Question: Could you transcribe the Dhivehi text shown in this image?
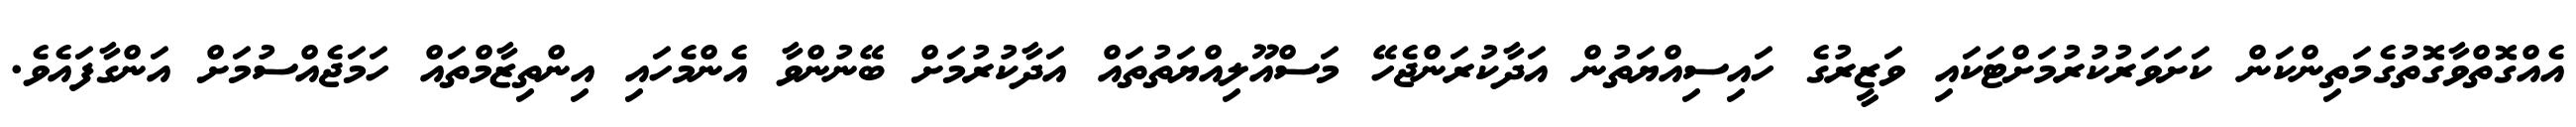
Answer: އެއްގޮތްވާގޮތުގެމަތިންކަން ކަށަވަރުކުރުމަށްޓަކައި ވަޒީރުގެ ހައިސިއްޔަތުން އަދާކުރަންޖެހޭ މަސްއޫލިއްޔަތުތައް އަދާކުރުމަށް ބޭނުންވާ އެންމެހައި އިންތިޒާމްތައް ހަމަޖެއްސުމަށް އަންގާފައެވެ.